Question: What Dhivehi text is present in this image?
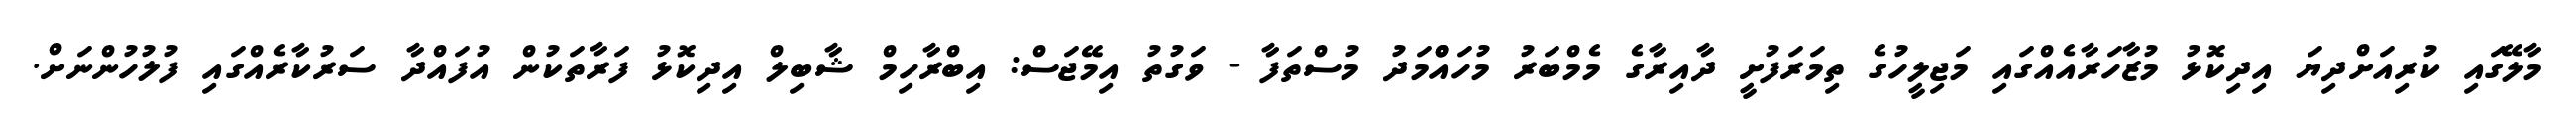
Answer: މާލޭގައި ކުރިއަށްދިޔަ އިދިކޮޅު މުޒާހަރާއެއްގައި މަޖިލީހުގެ ތިމަރަފުށީ ދާއިރާގެ މެމްބަރު މުހައްްމަދު މުސްތަފާ - ވަގުތު އިމޭޖަސް: އިބްރާހިމް ޝާބިލް އިދިކޮޅު ފަރާތަކުން އުފައްދާ ސަރުކާރެއްގައި ފުލުހުންނަށް.